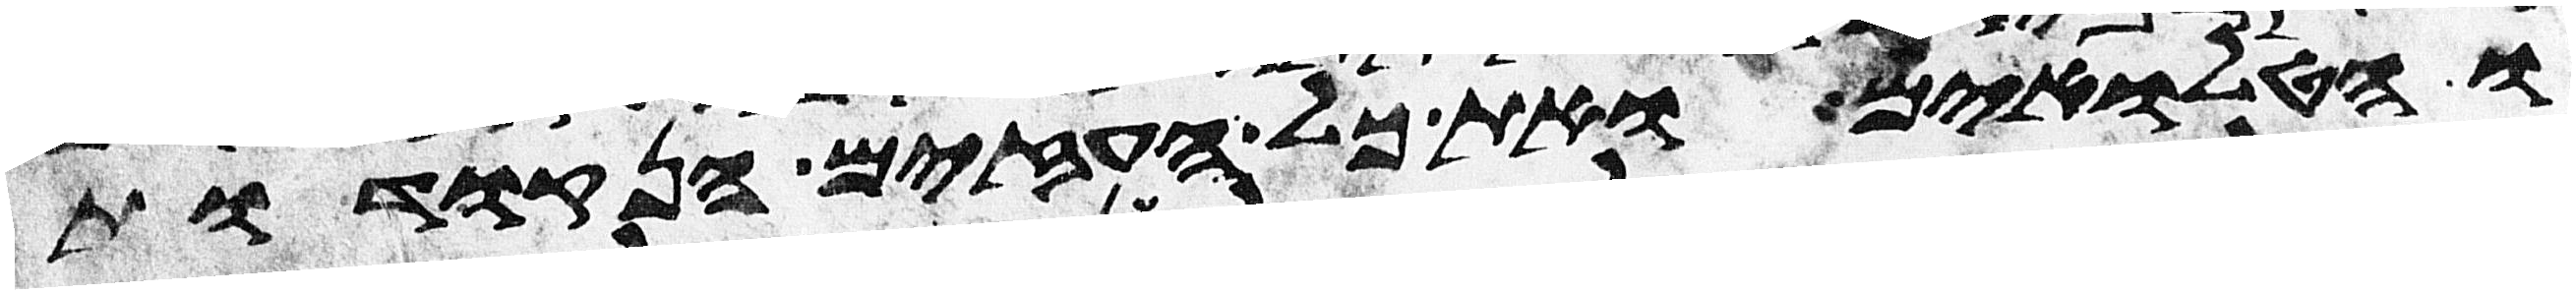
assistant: והטלואים ואת כל העזים הנקודות